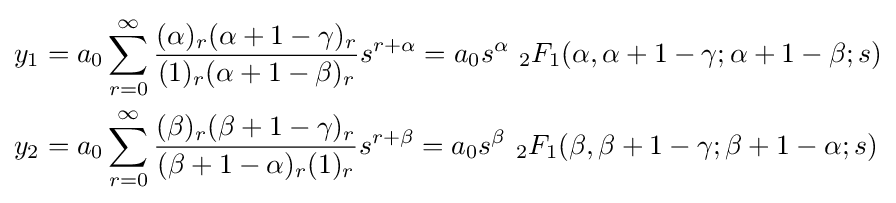
{\begin{aligned}y_{1}&=a_{0}\sum _{r=0}^{\infty }{\frac {(\alpha )_{r}(\alpha +1-\gamma )_{r}}{(1)_{r}(\alpha +1-\beta )_{r}}}s^{r+\alpha }=a_{0}s^{\alpha }\ {}_{2}F_{1}(\alpha ,\alpha +1-\gamma ;\alpha +1-\beta ;s)\\y_{2}&=a_{0}\sum _{r=0}^{\infty }{\frac {(\beta )_{r}(\beta +1-\gamma )_{r}}{(\beta +1-\alpha )_{r}(1)_{r}}}s^{r+\beta }=a_{0}s^{\beta }\ {}_{2}F_{1}(\beta ,\beta +1-\gamma ;\beta +1-\alpha ;s)\end{aligned}}